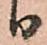
り